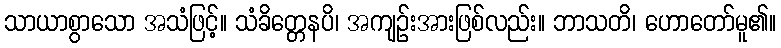
သာယာစွာသော အသံဖြင့်။ သံခိတ္တေနပိ၊ အကျဉ်းအားဖြစ်လည်း။ ဘာသတိ၊ ဟောတော်မူ၏။